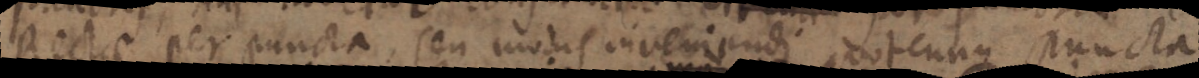
Rectae per puncta, seu modus inveniendi dotcunque puncta